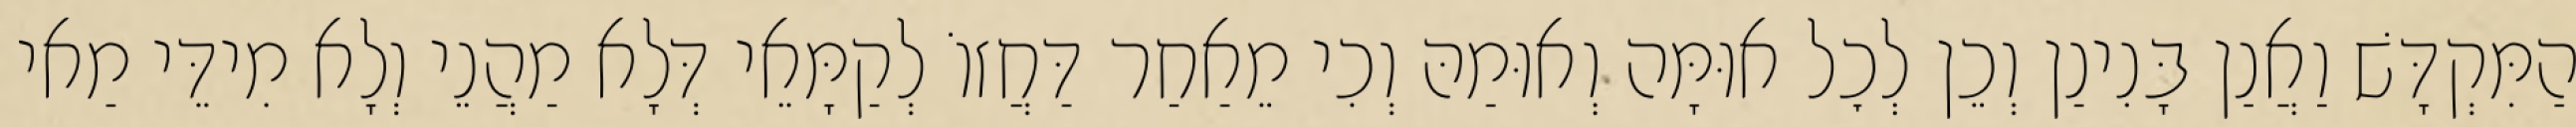
הַמִּקְדָּשׁ וַאֲנַן בָּנִינַן וְכֵן לְכׇל אוּמָּה וְאוּמַהּ וְכִי מֵאַחַר דַּחֲזוֹ לְקַמָּאֵי דְּלָא מַהֲנֵי וְלָא מִידֵּי מַאי